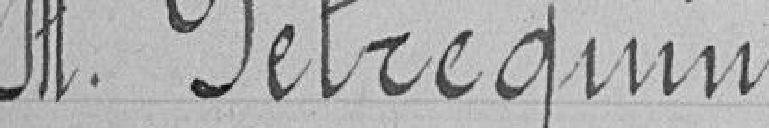
Monsieur PETREQUIN